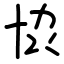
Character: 𫝓